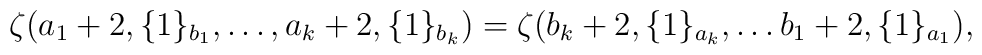
\zeta(a_1 + 2,\{ 1 \}_{b_1}, \dots, a_k + 2, \{ 1 \}_{b_k})= \zeta(b_k + 2,\{1\}_{a_k}, \dots b_1+2,\{1\}_{a_1}),